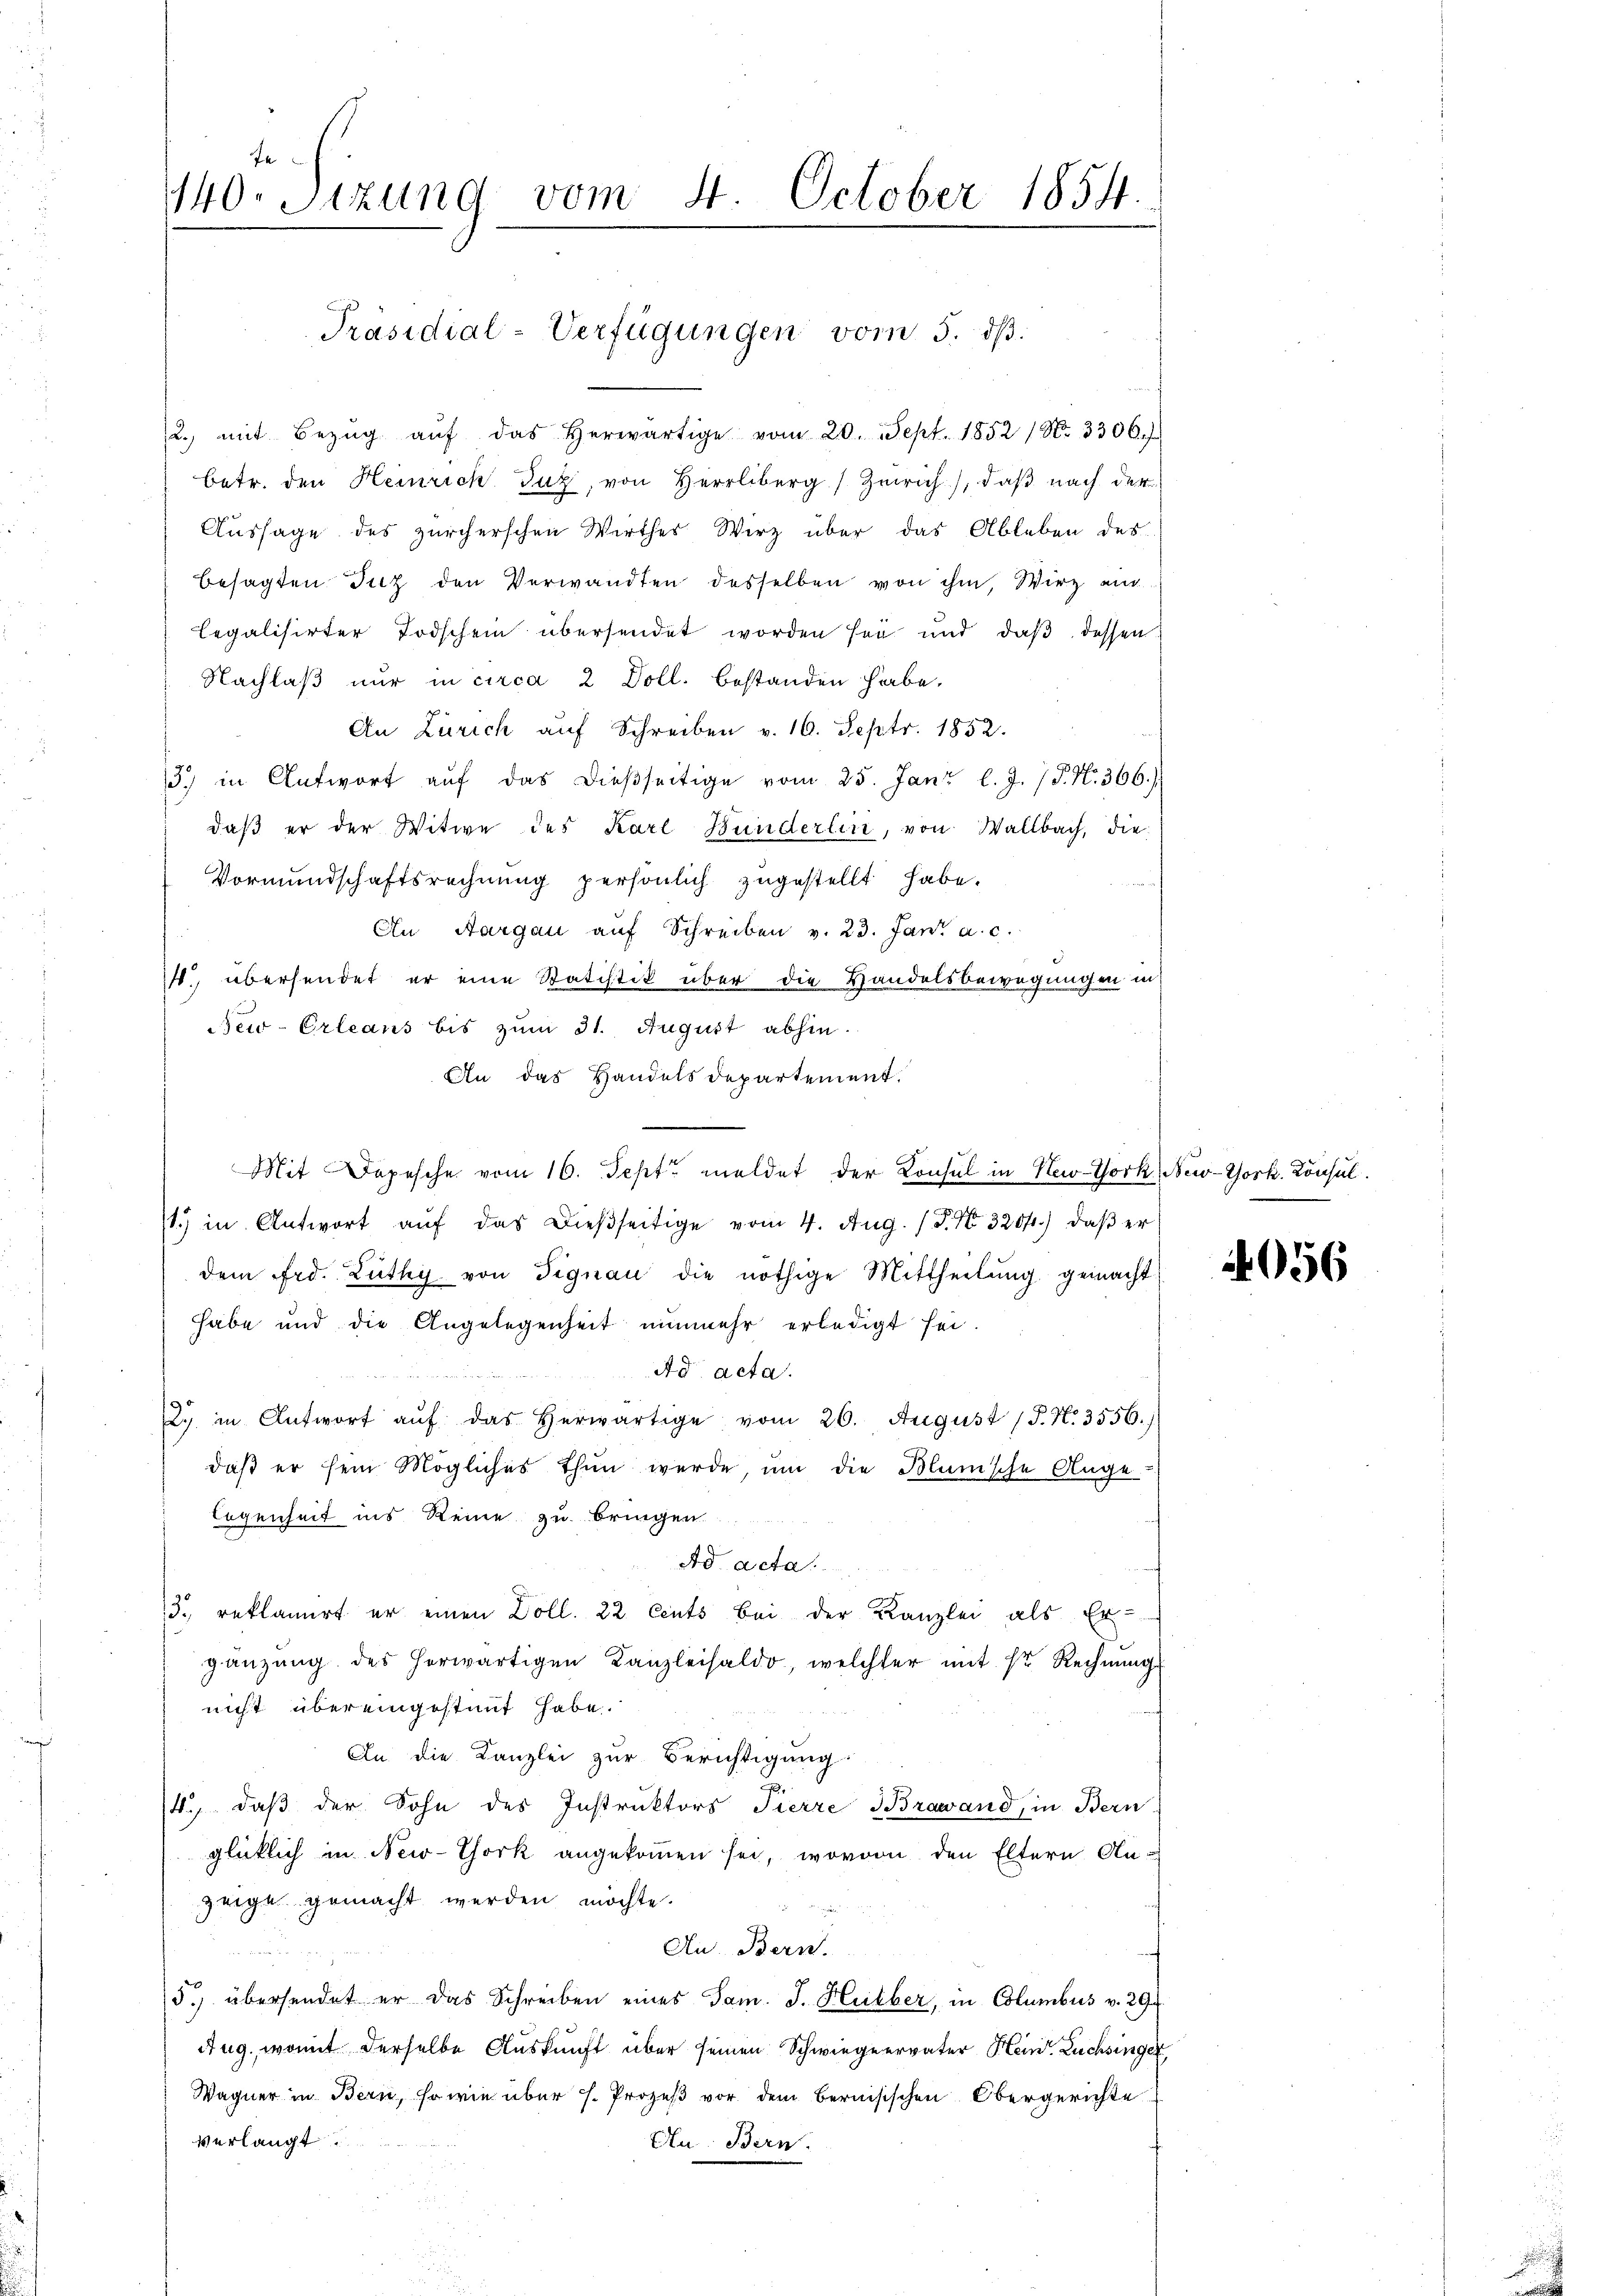
fe
140. Sitzung vom 4. October 1854.

u. mit Bezŭg aŭf das herwärtige vom 20. Sept. 1852 / No. 3306.)
betr. den Heinrich Juz, von Herrliberg) Zürich), daß nach der
Aussage des zürcherschen Wirthes Wirz über das Ableben des
besagten Inz den Verwandten desselben von ihm, Wirz ei
legalisirter Todschein übersendet worden sei und daβ dessen
Nachlaß nur in circa 2 Doll. bestanden habe.
An Zürich auf Schreiben v. 16. Septr. 1852.
13.) in Antwort aŭf das dieβseitige vom 25. Janz l. J. J. N. 366.)
daβ er der Witwe des Karl Bunderlin, von Wallbach, die
Vormundschaftsrechnung persönlich zugestellt habe.
An Aargau auf Schreiben v. 23. Jani a. c.
. übersendet er eine Statistik über die Handelsbewegungen in
New-Orleans bis zum 31. August abhin.
An das Handelsdepartement.
Mit Depesche vom 16. Sept. meldet der Consul in New-York New-York. Konsul
1.) in Antwort aŭf das dieβseitige vom 4. Aŭg. / P. Nr. 3204.) daβ er
dem Frd. Lüthy von Signau die nöthige Mittheilŭng gemacht
habe und die Angelegenheit nunmehr erledigt sei.
Ad acta.
2. in Antwort aŭf das herwärtige vom 26. August (S. N. 3556.)
daß er sein Mögliches thun werde, um die Blunsche Ange-
legenheit ins Reine zu bringen
Ad acta.
3. reklamirt er einen Doll. 22 Cents bei der Kanzlei als Er-
gänzŭng des herwärtigen Kanzleisaldo, welcher mit Hr. Rechnŭng
nicht übereingestammt habe.
An die Kanzlei zur Berichtigung:
4., daß der Sohn des Instruktors Pierre Brawand, in Bern
glücklich in New-York angekommen sei, wovon den Eltern Anzeige gemacht werden möchte.
An Bern.
5.) übersendet er das Schreiben eines Jam. J. Huber, in Columbus v. 29.
Aug, womit derselbe Auskunft über seinen Schwiegervater Hein Züchsinger
Wagner in Bern, so wie über h. Prozeß vor dem bernisischen Obergerichte
verlangt.
Un. Bern.

Präsidial-Verfügungen vom 5. ds.

056